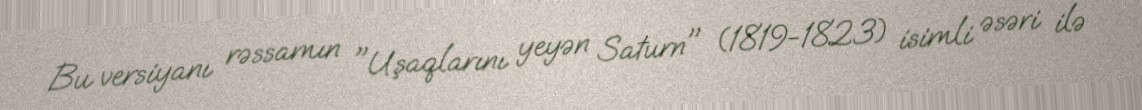
Bu versiyanı rəssamın "Uşaqlarını yeyən Saturn" (1819-1823) isimli əsəri ilə